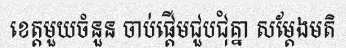
ខេត្តមួយចំនួន ចាប់ផ្តើមជួបជុំគ្នា សម្តែងមតិ